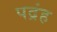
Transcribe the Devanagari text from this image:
पद्रंह